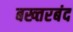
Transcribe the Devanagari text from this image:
बख्‍तरबंद